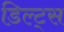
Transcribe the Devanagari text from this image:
डिल्ट्स